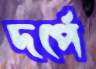
দর্পে